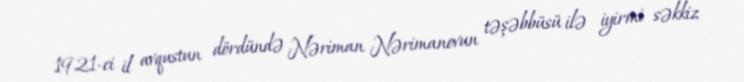
1921-ci il avqustun dördündə Nəriman Nərimanovun təşəbbüsü ilə iyirmi səkkiz